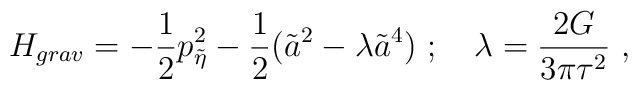
H_{grav} = - {1\over2}p_{\tilde\eta}^2 -{1\over2}( \tilde a^2 -\lambda  \tilde a^4) \ ;\quad \lambda = {2G\over 3\pi\tau^2}\ ,